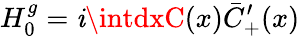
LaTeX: H_{0}^{g}=\mathit{i}\intdxC(x)\bar{{C}}_{+}^{\prime}(x)